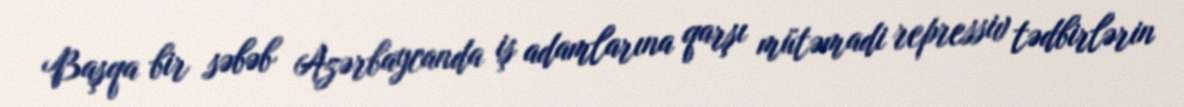
Başqa bir səbəb Azərbaycanda iş adamlarına qarşı mütəmadi repressiv tədbirlərin